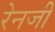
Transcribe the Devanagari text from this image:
रेनजी